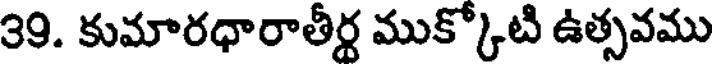
39. కుమారధారాతీర్థ ముక్కోటి ఉత్సవము